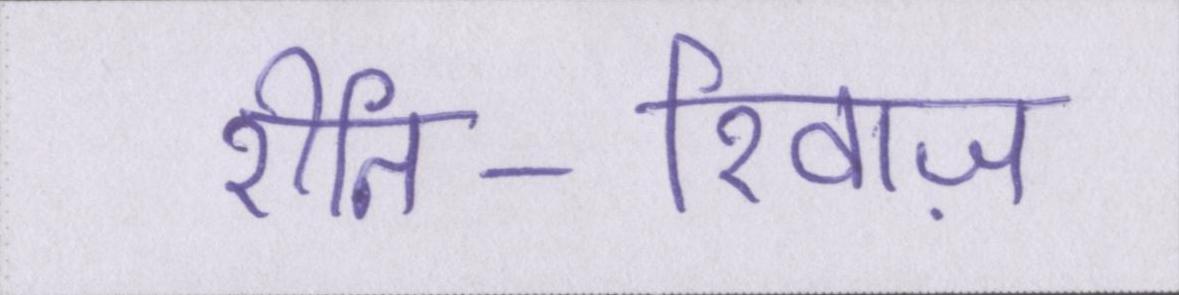
रीति-रिवाज़